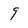
Character: 9